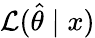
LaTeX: {\mathcal{L}}({\hat{\theta}}\mid x)